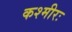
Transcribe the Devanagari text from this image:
कश्मीरः